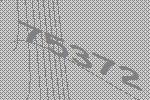
75372